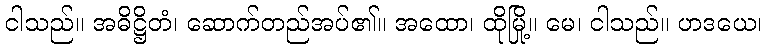
ငါသည်။ အဓိဋ္ဌိတံ၊ ဆောက်တည်အပ်၏။ အထော၊ ထိုမြို့။ မေ၊ ငါသည်။ ဟဒယေ၊